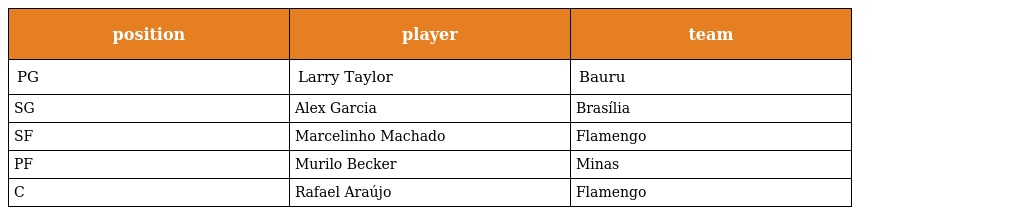
| position | player | team |
 | --- | --- | --- |
 | PG | Larry Taylor | Bauru |
 | SG | Alex Garcia | Brasília |
 | SF | Marcelinho Machado | Flamengo |
 | PF | Murilo Becker | Minas |
 | C | Rafael Araújo | Flamengo |